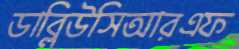
ডাব্লিউসিআরএফ